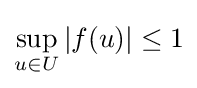
\sup _{u\in U}|f(u)|\leq 1